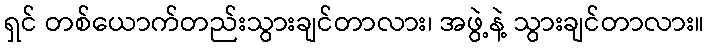
ရှင် တစ်ယောက်တည်းသွားချင်တာလား၊ အဖွဲ့နဲ့ သွားချင်တာလား။